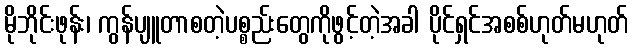
မိုဘိုင်းဖုန်း၊ ကွန်ပျူတာစတဲ့ပစ္စည်းတွေကိုဖွင့်တဲ့အခါ ပိုင်ရှင်အစစ်ဟုတ်မဟုတ်